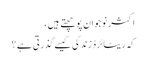
اکثر نوجوان پوچھتے ہیں ،
کہ ریٹائرڈ زندگی کیسے گذرتی ہے ؟